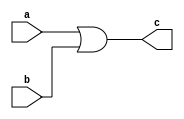
`timescale 1ns / 1ps
//////////////////////////////////////////////////////////////////////////////////
// Company: 
// Engineer: 
// 
// Design Name: 
// Module Name: or_1
// Project Name: 
// Target Devices: 
// Tool Versions: 
// Description: 
// 
// Dependencies: 
// 
// Revision:
// Revision 0.01 - File Created
// Additional Comments:
// 
//////////////////////////////////////////////////////////////////////////////////


module or_1(a,b,c);
input a,b;
output c;
assign c=a|b;
endmodule